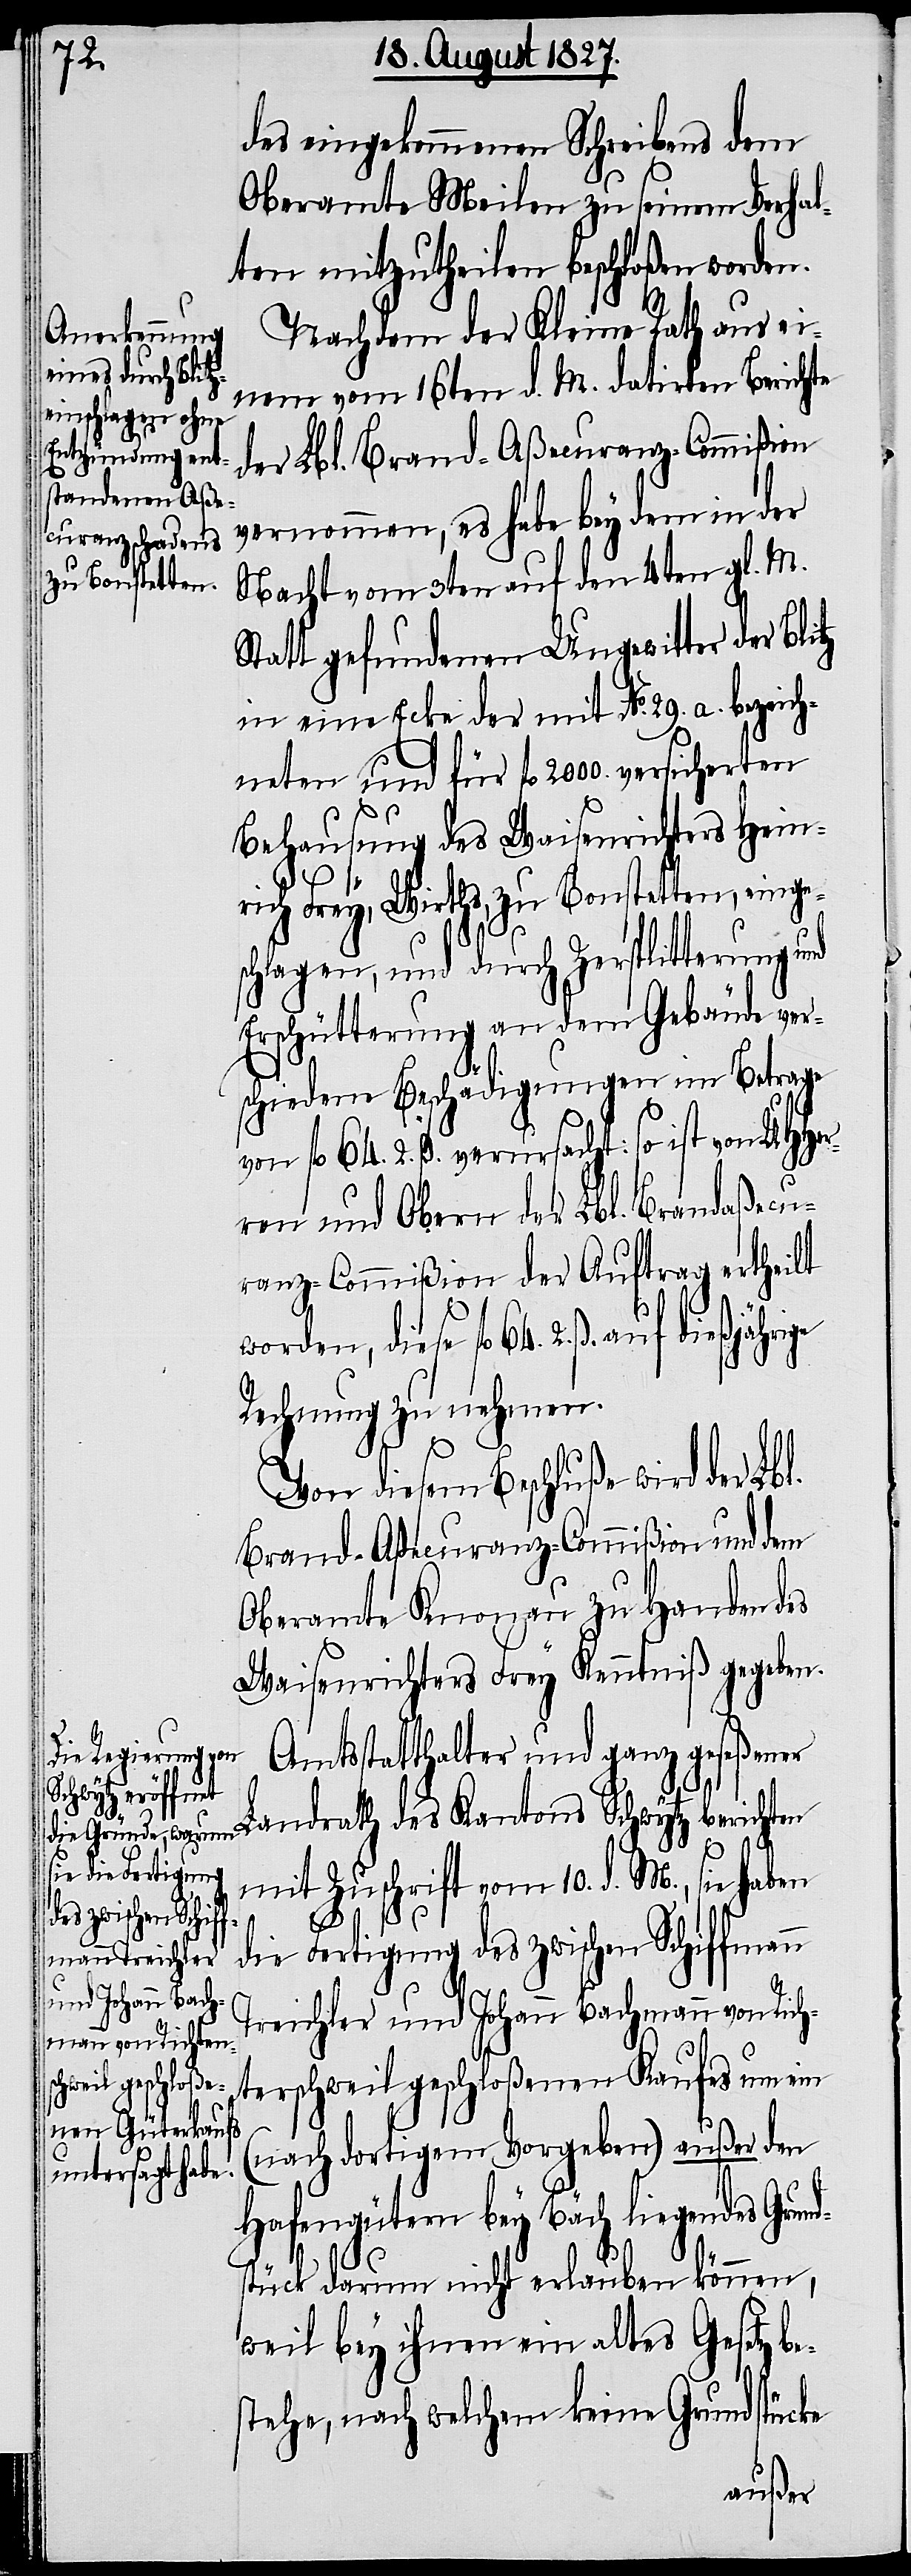
des eingekommenen Schreibens dem
Oberamte Meilen zu seinem Verhal¬
ten mitzutheilen beschloßen worden.
Nachdem der Kleine Rath aus ei¬
nem vom 16ten d. M. datirten Berichte
der Lbl. Brand-Aßecuranz-Commißion
vernommen, es habe bey dem in der
Nacht vom 3ten auf den 4ten gl. M.
Statt gefundenen Ungewitter der Blitz
in eine Ecke der mit No. 29. bezeich¬
neten und für fl. 2000. versicherten
Behausung des Waisenrichters Hein¬
rich Frey, Wirths, zu Bonstetten, einge¬
schlagen, und durch Zersplitterung und
Erschütterung an dem Gebäude ver¬
schiedene Beschädigungen im Betrage
von fl. 64. 2. ß. verursacht: so ist von UHHer¬
ren und Obern der Lbl. Brandaßecu¬
ranz-Commißion der Auftrag ertheilt
worden, diese fl. 64. 2. ß. auf
Rechnung zu nehmen.
Von diesem Beschluße wird der
Brand-Aßecuranz-Commißion und dem
Oberamt Knonau zu Handen des
Waisenrichters Frey Kenntniß gegeben.
Amtsstatthalter und ganz ge¬
seßener Landrath des Kantons Schwytz berichten
n
mit Zuschrift vom 10. d. M., sie haben
Lbl.
die Fertigung des zwischen Schiffman¬
Treichler und Johann Bachmann von Rich¬
terschweil geschloßenen Kaufes um ein
(nach dortigem Vorgeben) außer den
Hafengütern bey Bäch liegendes Grund¬
stück darum nicht erlauben können,
weil bey ihnen ein altes Gesetz be¬
stehe, nach welchem keine Grundstücke